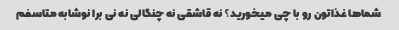
شماها غذاتون رو با چی میخورید؟ نه قاشقی نه چنگالی نه نی برا نوشابه متاسفم